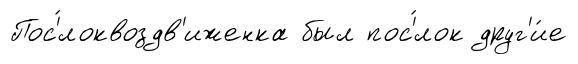
Пос'́локвоздв'иженка был пос'́лок друг'и́е